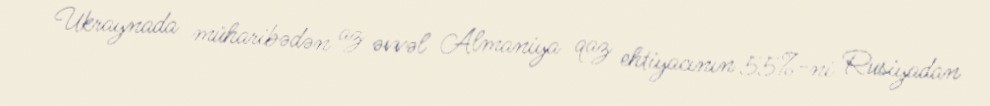
Ukraynada müharibədən az əvvəl Almaniya qaz ehtiyacının 55%-ni Rusiyadan